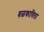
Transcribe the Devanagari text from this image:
बळकाविला